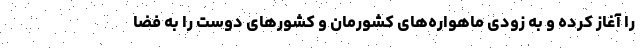
را آغاز کرده و به زودی ماهواره‌های کشورمان و کشورهای دوست را به فضا